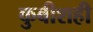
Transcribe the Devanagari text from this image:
कुबीशही